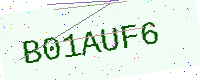
Text: B01AUF6